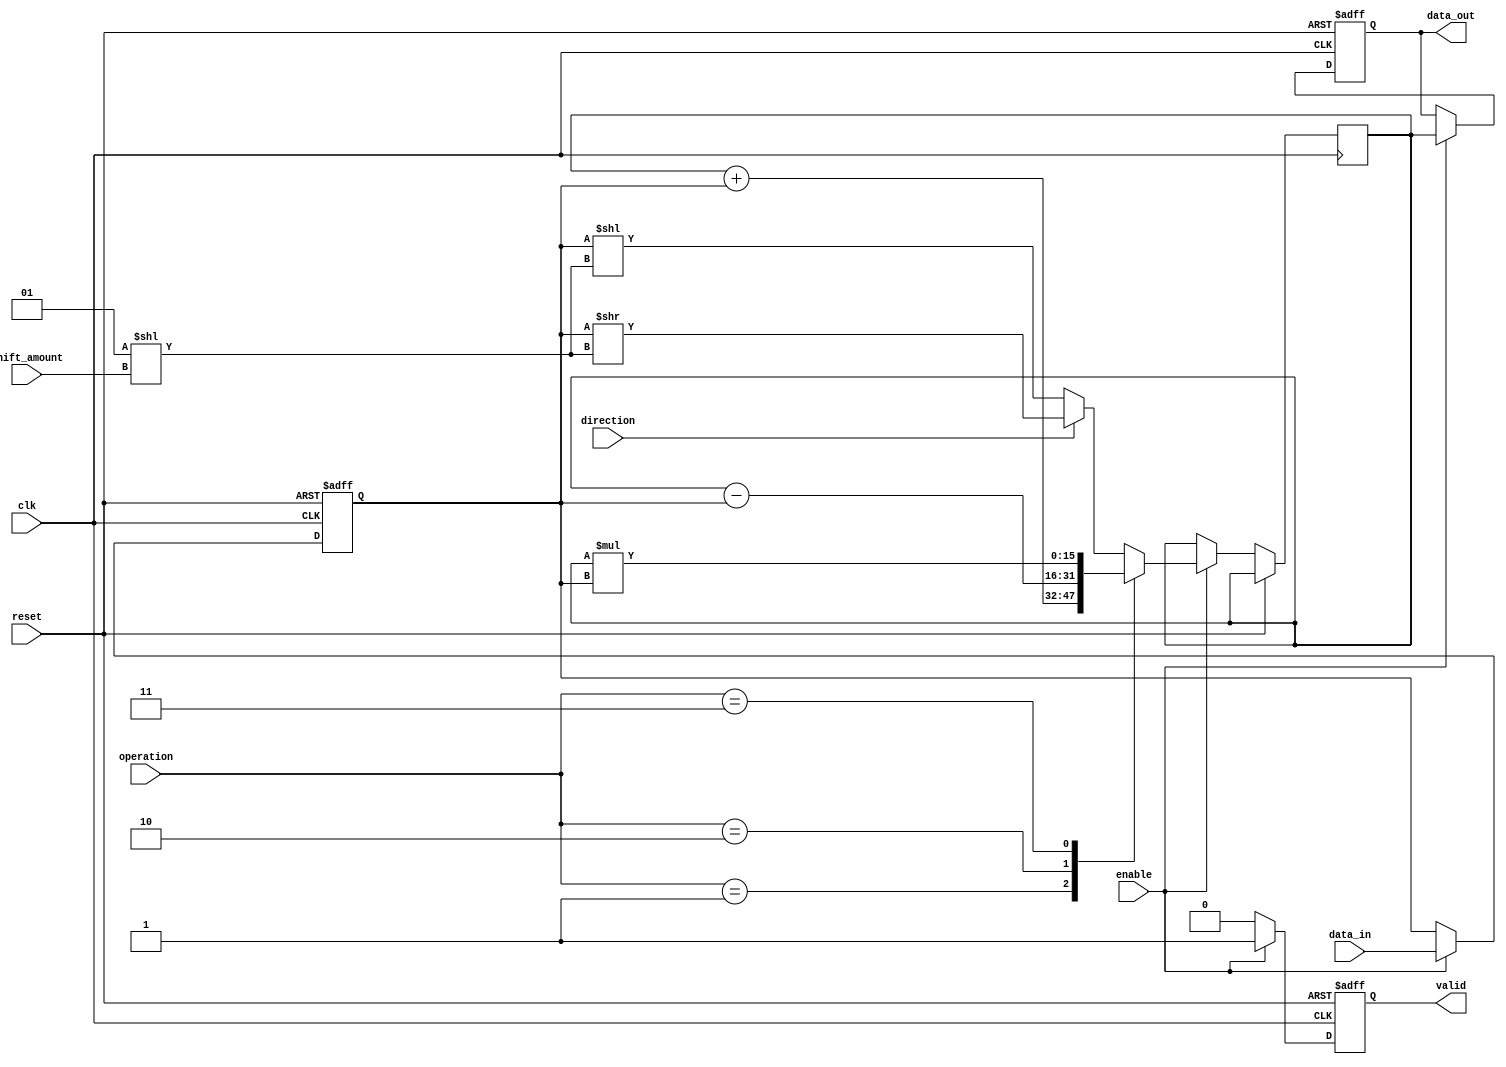
module LogarithmicShiftRegister #(
    parameter DATA_WIDTH = 16  // Default data width
)(
    input wire clk,             // Clock signal
    input wire reset,           // Reset signal
    input wire enable,          // Enable signal for processing
    input wire [DATA_WIDTH-1:0] data_in, // Input data
    input wire [3:0] shift_amount, // Amount to shift (logarithmic)
    input wire direction,       // Shift direction: 0 = left, 1 = right
    input wire [1:0] operation, // Operation: 00 = none, 01 = add, 10 = sub, 11 = mult
    output reg [DATA_WIDTH-1:0] data_out, // Output data
    output reg valid            // Data valid signal
);

// Internal registers
reg [DATA_WIDTH-1:0] buffer;
reg [DATA_WIDTH-1:0] shifted_data;

// Reset logic
always @(posedge clk or posedge reset) begin
    if (reset) begin
        buffer <= 0;
        data_out <= 0;
        valid <= 0;
    end else if (enable) begin
        // Input Buffering
        buffer <= data_in;
        
        // Logarithmic Shifting
        if (direction == 0) begin
            // Left Shift
            shifted_data <= buffer << (1 << shift_amount); // Logarithmic shift left
        end else begin
            // Right Shift
            shifted_data <= buffer >> (1 << shift_amount); // Logarithmic shift right
        end

        // Arithmetic Operations
        case (operation)
            2'b01: shifted_data <= shifted_data + buffer; // Addition
            2'b10: shifted_data <= shifted_data - buffer; // Subtraction
            2'b11: shifted_data <= shifted_data * buffer; // Multiplication
            default: ; // No operation
        endcase
        
        // Output logic
        data_out <= shifted_data;
        valid <= 1; // Indicate that output is valid
    end else begin
        valid <= 0; // Output is invalid when not enabled
    end
end

endmodule